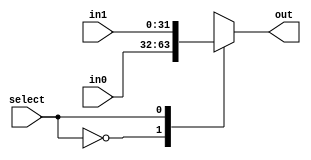
//==================================================================================================
//  Revision      : 1.0
//  Company       : Universidad Simn Bolvar
//
//  Description   : A 2-input Mux, with parameterizable width
//==================================================================================================

module musb_mux_2_1 #(
    parameter DATA = 32
    )
    (
    input                   select,
    input       [DATA-1:0]  in0,
    input       [DATA-1:0]  in1,
    output  reg [DATA-1:0]  out
    );

    always @(*) begin
        case (select)
            1'b0 : out <= in0;
            1'b1 : out <= in1;
        endcase
    end
endmodule